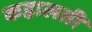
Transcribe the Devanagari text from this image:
कहालती